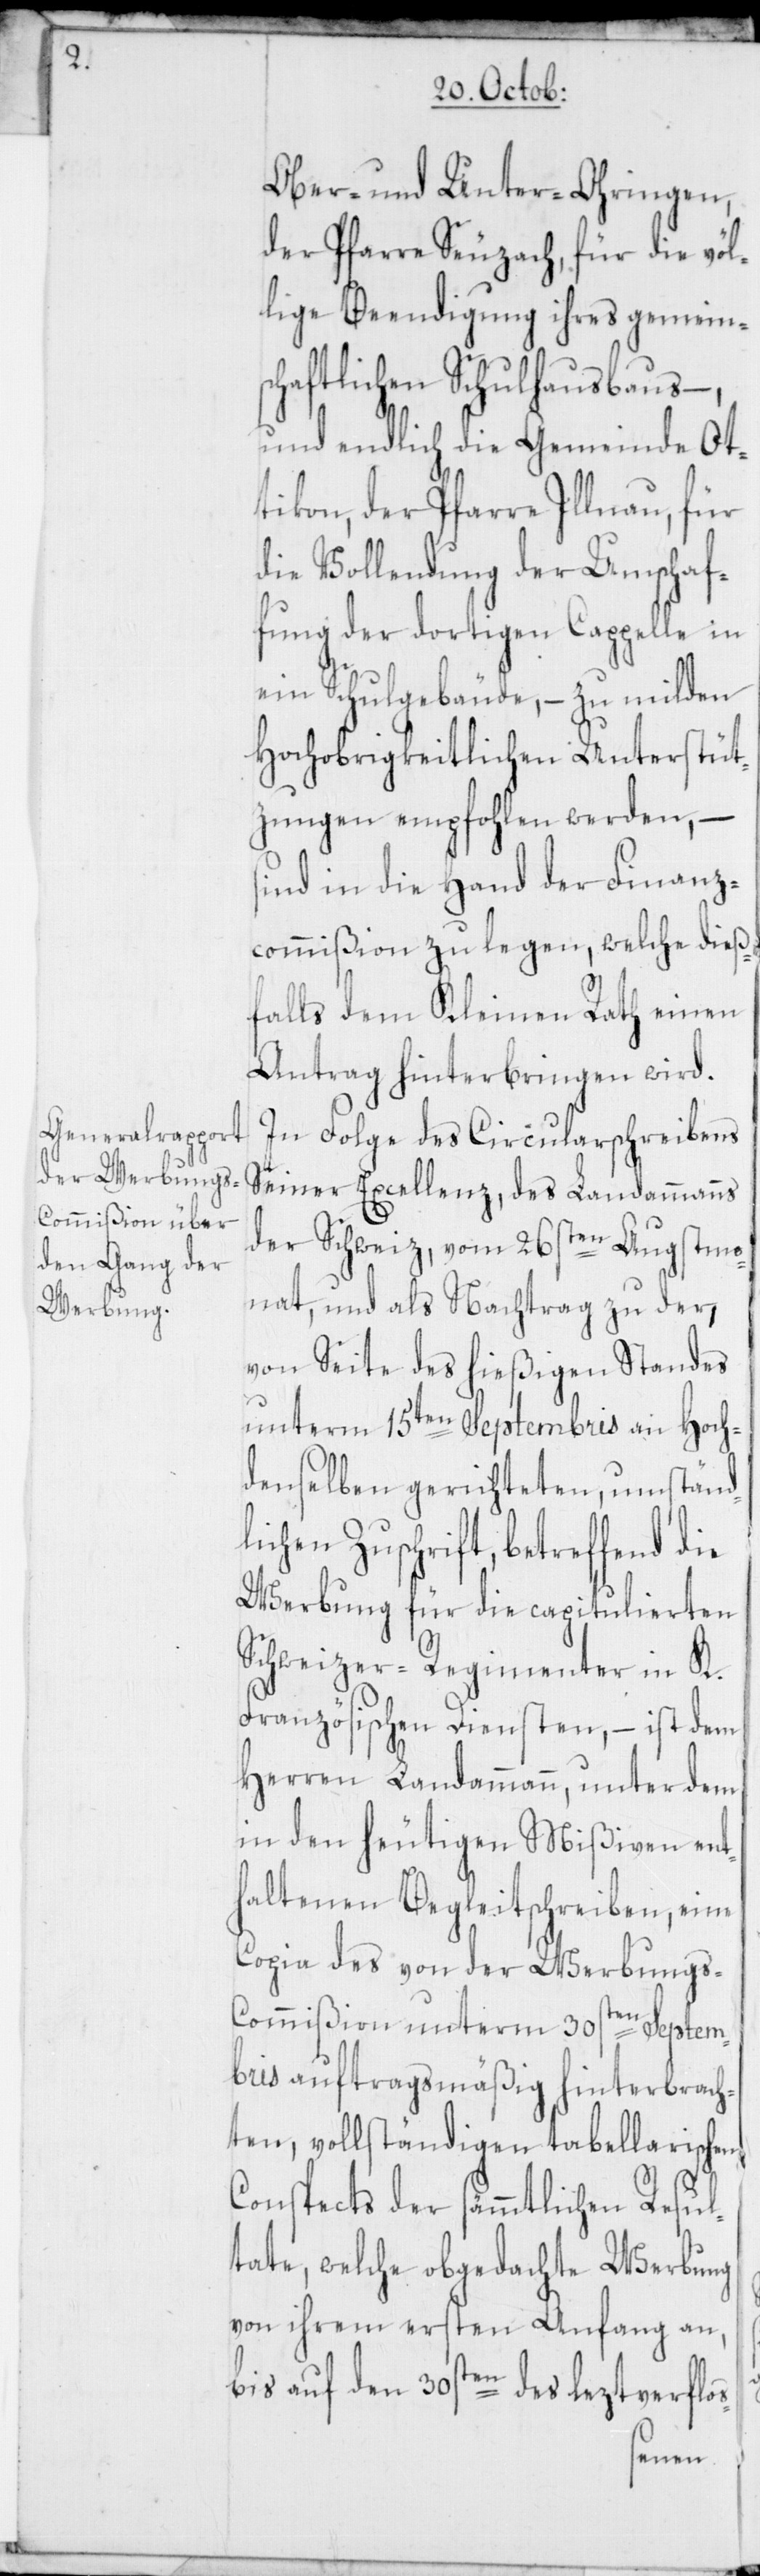
Ober- und Unter-Ohringen,
der Pfarre Seuzach, für die völ¬
lige Beendigung ihres gemeins¬
chaftlichen Schulhausbaus –,
und endlich die Gemeinde Ot¬
tikon, der Pfarre Illnau,
die Vollendung der Umschaf¬
fung der dortigen Cappelle in
ein Schulgebäude, – zu milden
Hochobrigkeitlichen Unterstüt¬
zungen empfohlen werden, –
sind in die Hand der Finanz¬
commißion zu legen, welche dieß¬
falls dem Kleinen Rath einen
Antrag hinterbringen wird.
In Folge des Circularschreibens
Seiner Excellenz, des Landammanns
der Schweiz, vom 26sten Augstmo¬
nat, und als Nachtrag zu der,
von Seite des hießigen Standes
unterm 15ten Septembris an Hoch¬
denselben gerichteten, umständ¬
lichen Zuschrift, betreffend
Werbung für die capitulierten
Schweizer-Regimenter in K.
Französischen Diensten, – ist dem
Herren Landammann, unter dem
in den heutigen Mißiven ent¬
haltenen Begleitschreiben, eine
Copia des von der Werbungs-C¬
ommißion unterm 30sten Septem¬
bris auftragsmäßig hinterbrach¬
ten, vollständigen tabellarischen
Conspects der sämmtlichen Resul¬
tate, welche obgedachte Werbung
von ihrem ersten Anfang an,
bis auf den 30sten des leztverflos-